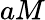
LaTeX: aM